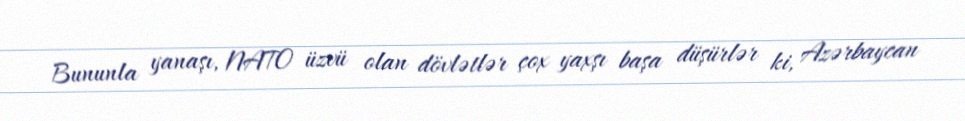
Bununla yanaşı, NATO üzvü olan dövlətlər çox yaxşı başa düşürlər ki, Azərbaycan